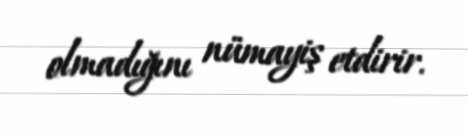
olmadığını nümayiş etdirir.